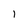
Character: 1